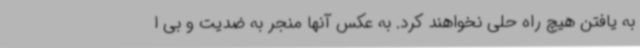
به یافتن هیچ راه حلی نخواهند کرد. به عکس آنها منجر به ضدیت و بی ا